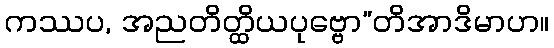
ကဿပ, အညတိတ္ထိယပုဗ္ဗော”တိအာဒိမာဟ။